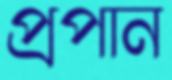
প্রপান